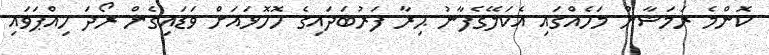
ކޮންމެ ރަމަޟާން މަހެއްގައި އެކަލޭގެފާނު ޙިރާ ފަރުބަދައިގެ ހޮހޮޅައަށް ވަޑައިގެން ރޯދަ ހިއްޕަވައި